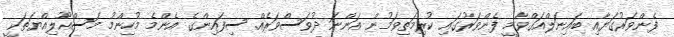
ފެންވަރުގަޔާއި ބައިނަލްއަގްވާމީ ފެންވަރުގައި ކުރިމަތިވަމުން އަންނަ ދުވަސްވަރެއް. ސިފައިންގެ އެންމެ މުހިންމު މަސްއޫލިއްޔަތަކީ